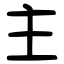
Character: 主